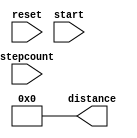
`timescale 1ns / 1ps

// should convert stepcount to multiples of 5 
// 5 = .5, 10 = 1, 15 = 1.5
module distancecovered(
input [15:0] stepcount, 
input reset,start,
output [15:0] distance 
    );
     reg[31:0] temp = 0;
    reg [15:0] dist = 0;
  assign distance = dist;
 always@(start||reset) begin
    temp=0;
    dist=0;
end
 
 always@(stepcount)
 begin
    temp = stepcount >> 11;
    dist = temp*5;
 
 end
 
 
endmodule